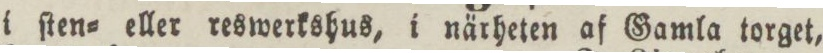
i ſten= eller reswerkshus, i närheten af Gamla torget,